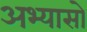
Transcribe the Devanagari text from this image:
अभ्यासो